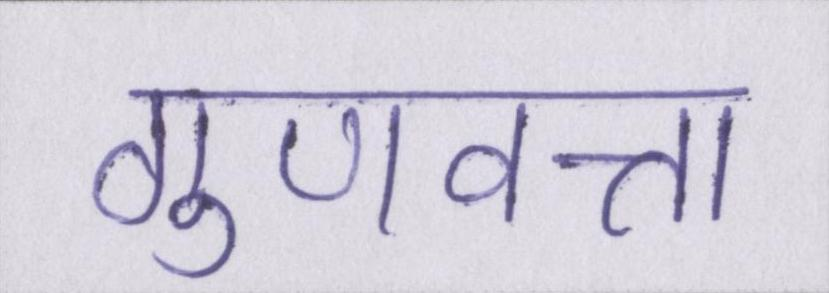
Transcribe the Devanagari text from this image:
गुणवत्ता